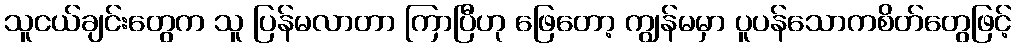
သူငယ်ချင်းတွေက သူ ပြန်မလာတာ ကြာပြီဟု ဖြေတော့ ကျွန်မမှာ ပူပန်သောကစိတ်တွေဖြင့်